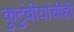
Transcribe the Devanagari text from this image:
कुटुंबीयांचीही